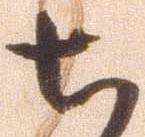
ち